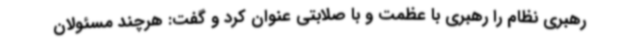
رهبری نظام را رهبری با عظمت و با صلابتی عنوان کرد و گفت: هرچند مسئولان